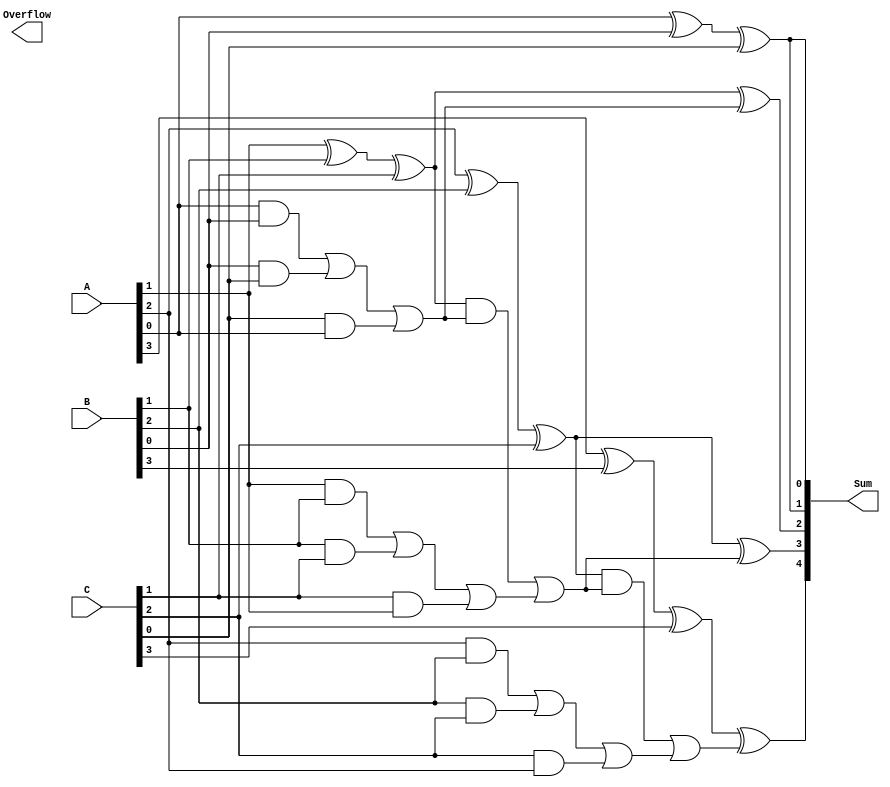
module CarrySaveAdder #(parameter N = 4) (
    input  [N-1:0] A,  // First n-bit input
    input  [N-1:0] B,  // Second n-bit input
    input  [N-1:0] C,  // Third n-bit input
    output [N:0] Sum,   // Final sum output (N+1 bits for overflow)
    output reg Overflow  // Overflow flag
);

    // Intermediate wires for partial sums and carries
    wire [N-1:0] PS;  // Partial Sum
    wire [N-1:0] CARRY; // Carry

    // Generate partial sums and carries for each bit
    genvar i;
    generate
        for (i = 0; i < N; i = i + 1) begin : CSA_stage
            assign PS[i] = A[i] ^ B[i] ^ C[i]; // Partial Sum
            assign CARRY[i] = (A[i] & B[i]) | (B[i] & C[i]) | (C[i] & A[i]); // Carry
        end
    endgenerate

    // Final addition of the last carry bits with the partial sums
    wire [N:0] final_sum; // Final sum including carry
    wire [N-1:0] carry_out; // Carry out from the last stage

    // Ripple carry adder to resolve the final carry
    assign final_sum[0] = PS[0]; // LSB
    assign carry_out[0] = 0; // Initial carry is 0

    generate
        for (i = 1; i <= N; i = i + 1) begin : final_adder
            assign final_sum[i] = PS[i-1] ^ carry_out[i-1]; // Sum bit
            assign carry_out[i] = (PS[i-1] & carry_out[i-1]) | CARRY[i-1]; // Carry bit
        end
    endgenerate

    // Assign final sum and check for overflow
    assign Sum = final_sum;
    always @(*) begin
        Overflow = carry_out[N]; // Overflow occurs if the last carry out is 1
    end

endmodule